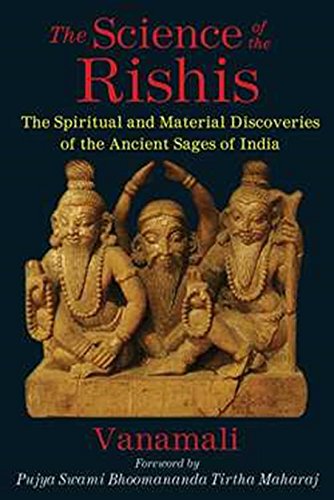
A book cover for The Science of the Rishis: The Spiritual and Material Discoveries of the Ancient Sages of India; Vanamali; Religion & Spirituality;